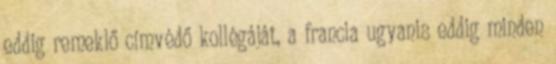
eddig remeklő címvédő kollégáját, a francia ugyanis eddig minden